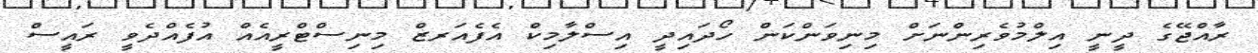
ރާއްޖޭގެ ދީނީ އިލްމުވެރިންނަށް މިނިވަންކަން ހޯދައިދީ އިސްލާމިކް އެފެއަރޒް މިނިސްޓްރީއެއް އުފެއްދެވީ ރައީސް